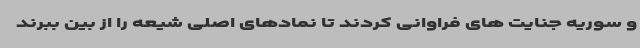
و سوریه جنایت های فراوانی کردند تا نمادهای اصلی شیعه را از بین ببرند